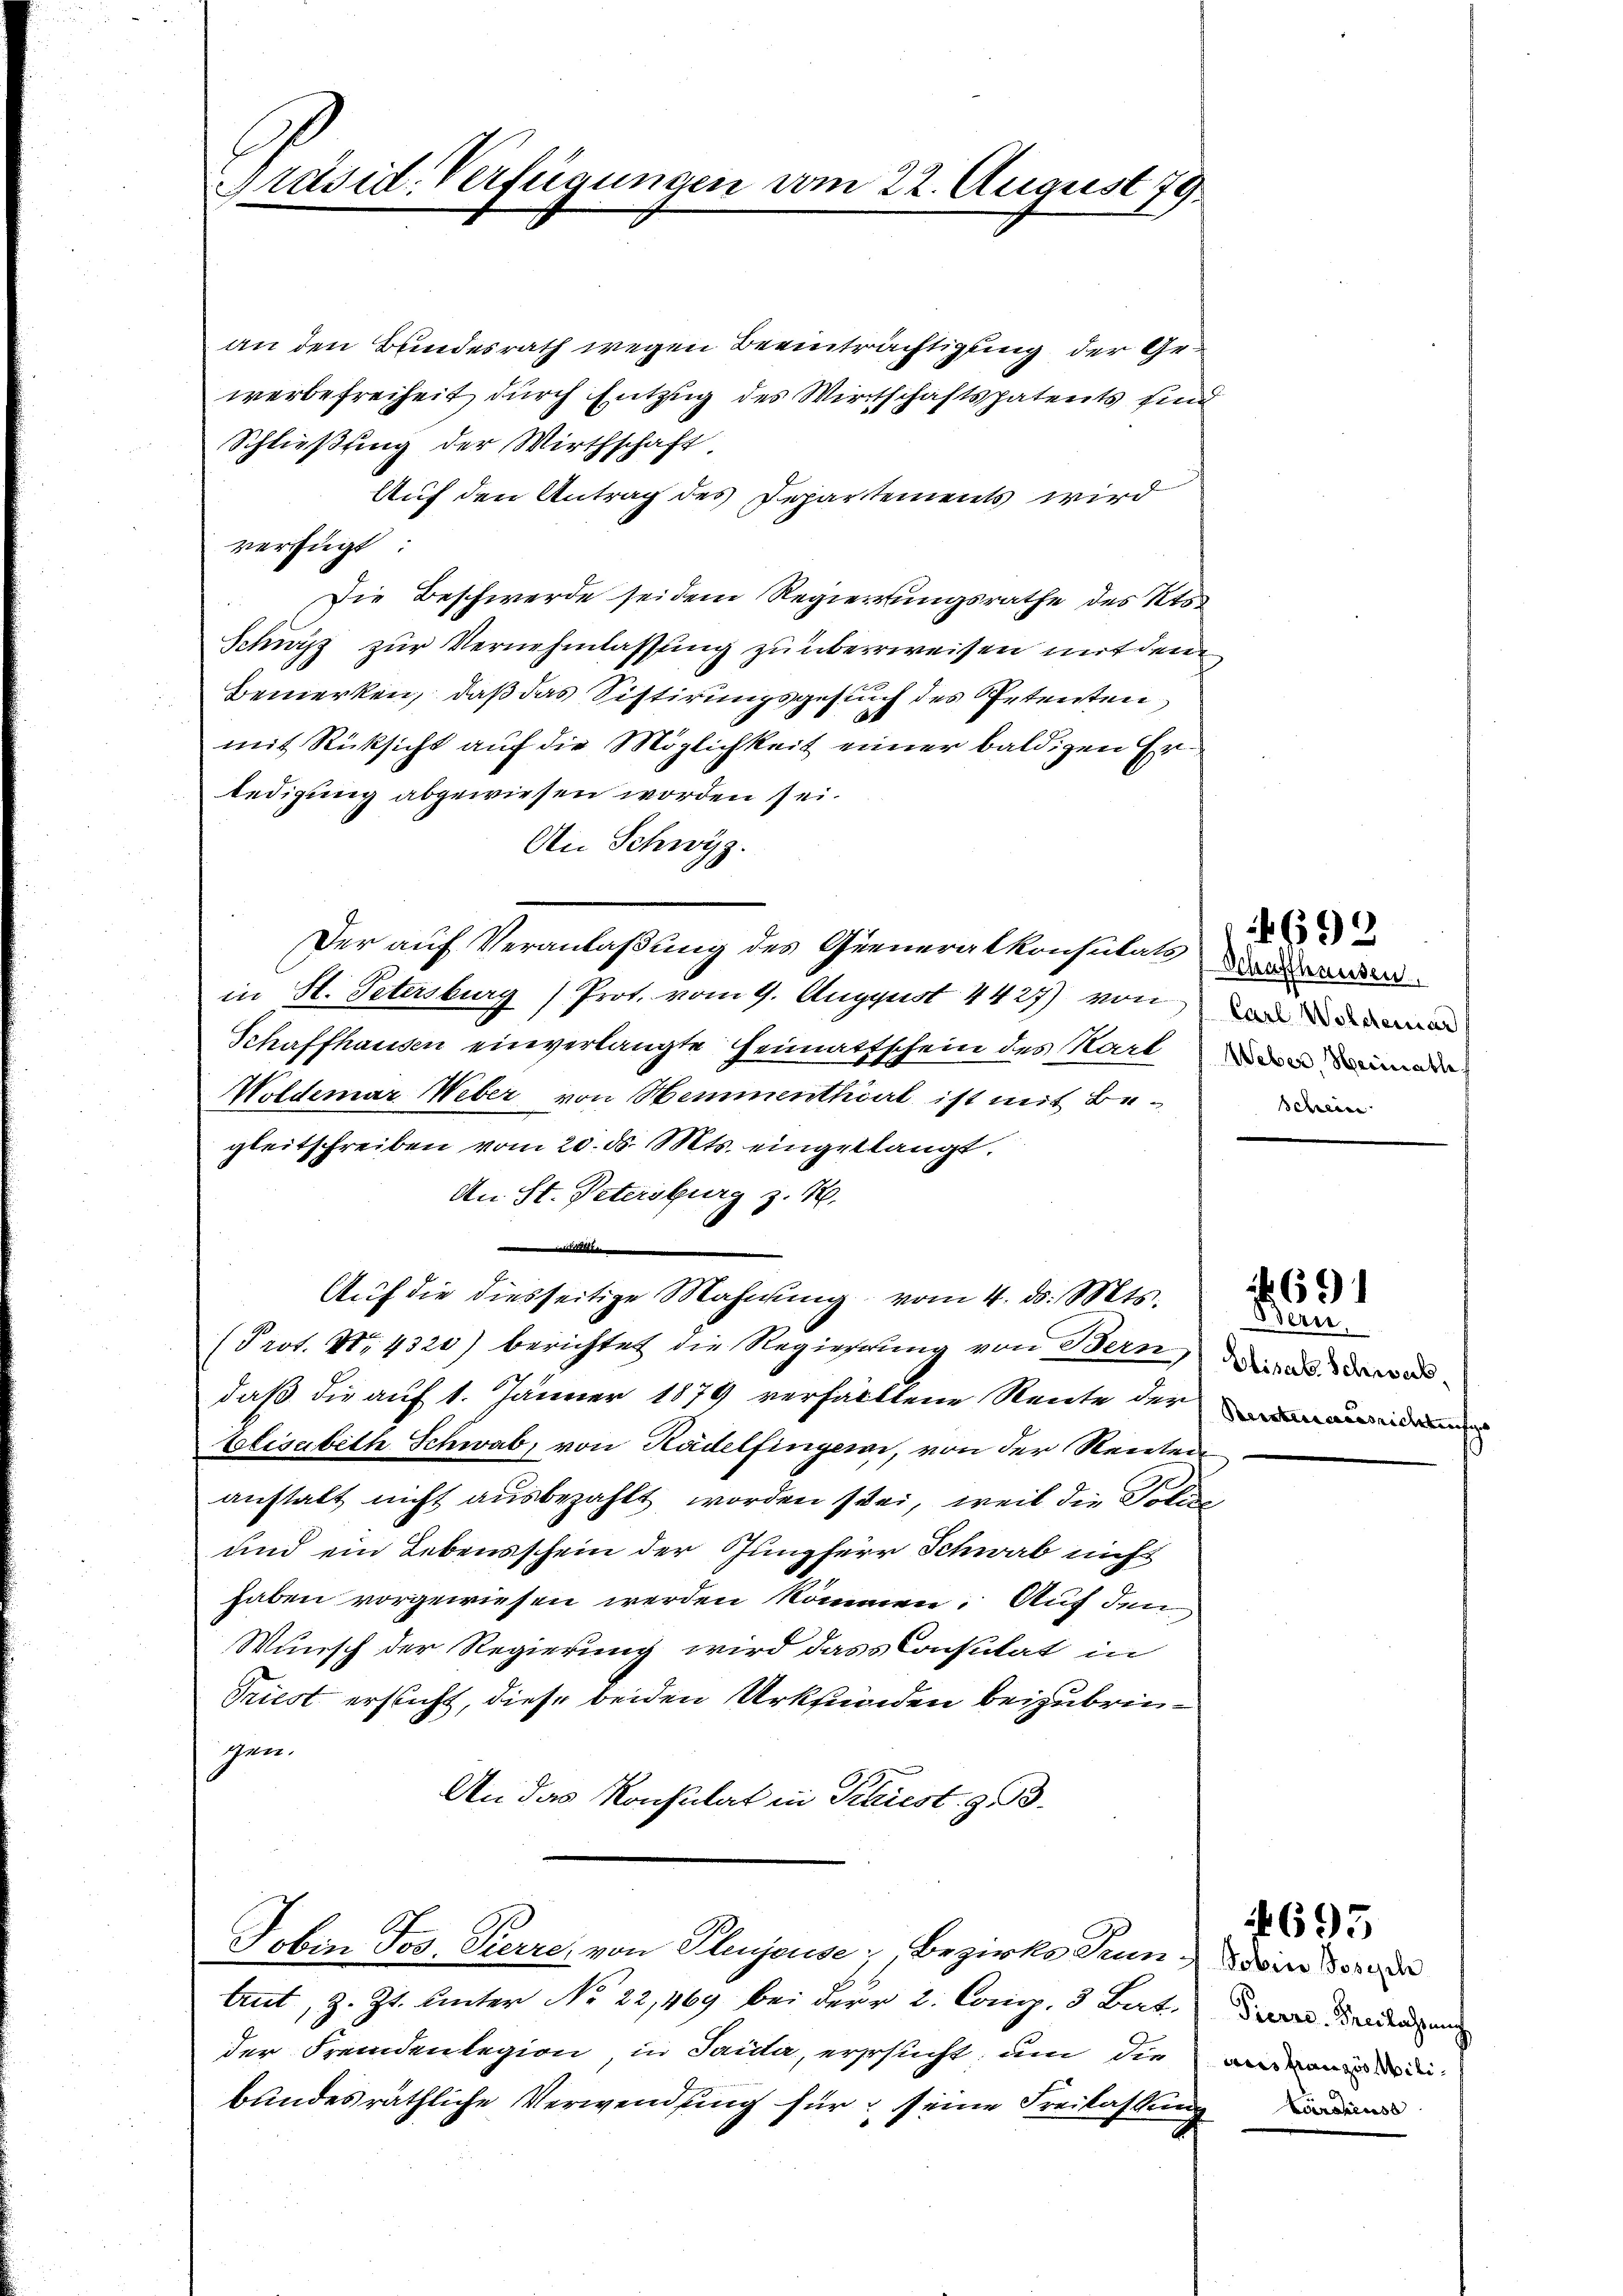
Präsid. Verfügungen vom 22. August 79.

an den Bundesrath wegen Beeinträchtigung der Gewerbefreiheit durch Entzug des Wirtschaftspatents sind
Schließung der Wirthschaft.
Auf den Antrag des Departements wird
verfügt:
Die Beschwerde sei dem Regierungsrathe des Kts.
Schwyz zur Vernehmlassung zu überweisen mit dem
Bemerken, daß das Sistirungsgesuch des Petenten
mit Rücksicht auf die Möglichkeit einer baldigen Erledigung abgewiesen worden sei.
An Schwyz.
Der auf Veranlaßung des Queneralkonsulats and
in H. Petersburg (Prot. vom 9. August 4427) von und
Schaffhausen einverlangte Heimattschein des Karten der
Holdemar Weber von Hemmenthiet ist mit Begleitschreiben vom 20. ds. Mts. eingeklangt.
An St. Petersburg z. B.
 |
Aŭf die diesseitige Mahnŭng vom 4. ds. Mts.
(Prot. No. 4320) berichtet die Regierung von Bern, die
daß die auf 1. Jänner 1879 verhälttene Reute der ande
Elisabeth Schwab, von Kadelfingen, von der Renten
anstalt nicht ausbezahlt worden sei, weil die Poli
und ein Lebensschein der Jungferr Schwab nicht
haben vorgewiesen werden kommen. Auf den
Wunsch der Regierung wird dass Consulat in
Triest ersticht, diese beiden Urkunden beizubringen.
An das Konsulat in Kaiest z. B.

Jobin Jos. Pierre, von Plejeuse, Bezirks Grund in der

Schein

Aut, z. Zt. Unter No 22,469 bei der 2. Comp. 3 Bat.
der Fremdenlegion in Saida, ersucht, um die
bundesräthliche Verwendung für seine Freilassung

699

Bern.

691

Pierre. Freilassung
aus franzio Mili¬

1695